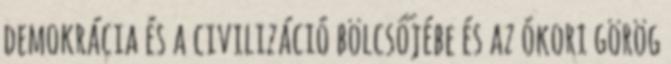
demokrácia és a civilizáció bölcsőjébe és az ókori görög